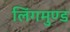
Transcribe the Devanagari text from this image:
लिंगमुण्ड